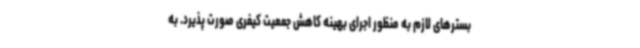
بسترهای لازم به منظور اجرای بهینه کاهش جمعیت کیفری صورت پذیرد. به